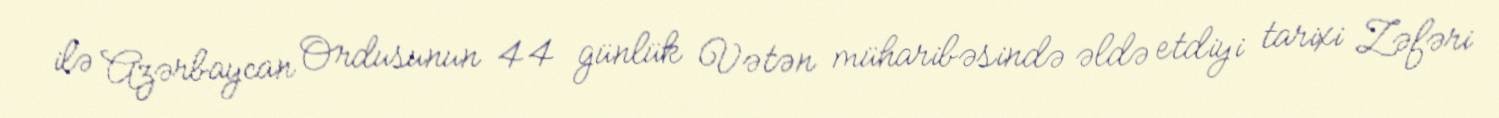
ilə Azərbaycan Ordusunun 44 günlük Vətən müharibəsində əldə etdiyi tarixi Zəfəri